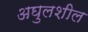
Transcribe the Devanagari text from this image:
अघुलशील